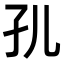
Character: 𭒷